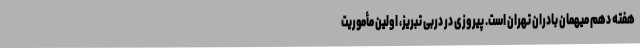
هفته دهم میهمان بادران تهران است. پیروزی در دربی تبریز، اولین مأموریت